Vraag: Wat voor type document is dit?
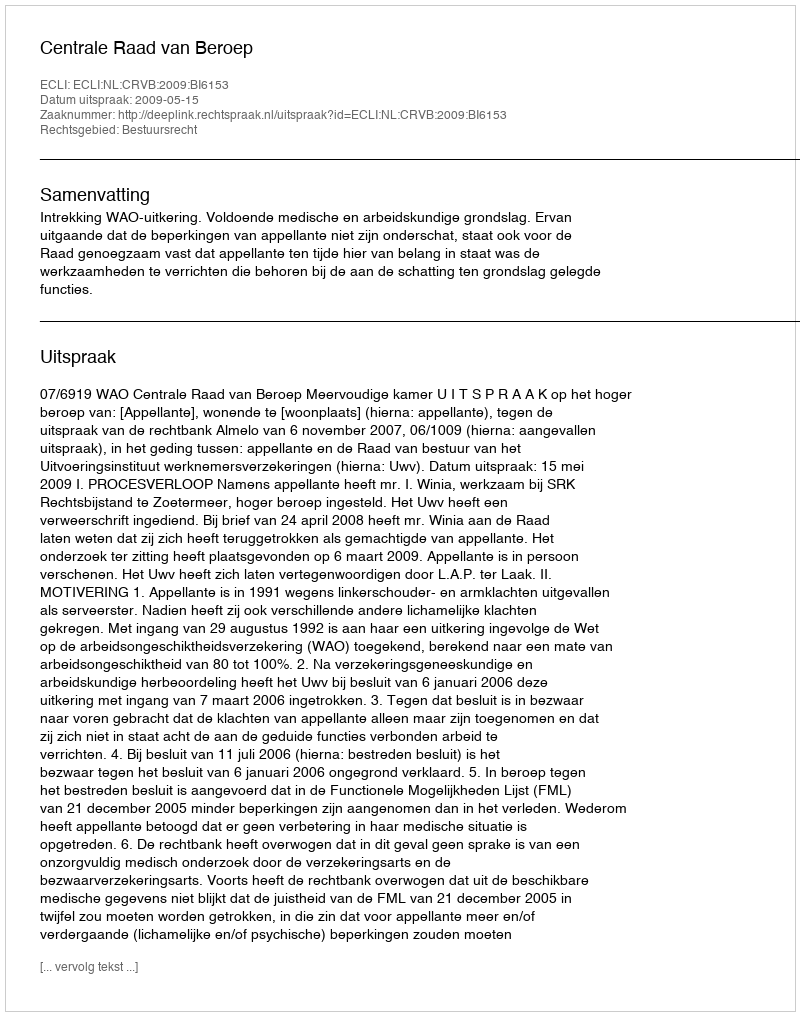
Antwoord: Uitspraak